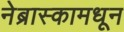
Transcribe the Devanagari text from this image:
नेब्रास्कामधून